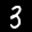
Label: 3